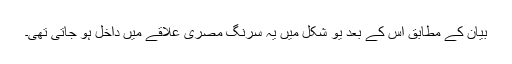
بیان کے مطابق اس کے بعد یو شکل میں یہ سرنگ مصری علاقے میں داخل ہو جاتی تھی۔